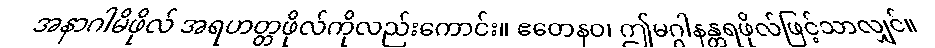
အနာဂါမိဖိုလ် အရဟတ္တဖိုလ်ကိုလည်းကောင်း။ ဧတေနဝ၊ ဤမဂ္ဂါနန္တရဖိုလ်ဖြင့်သာလျှင်။